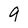
Character: 9